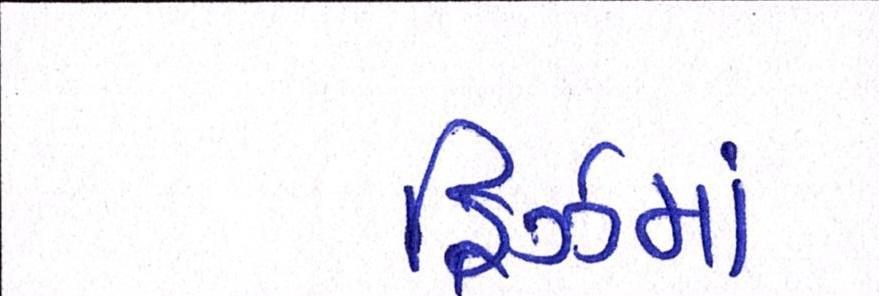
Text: ફ્રિઝમાં